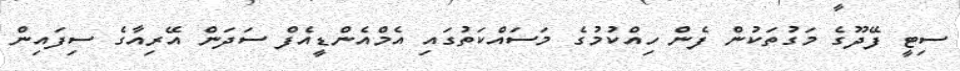
ސިޓީ ފޭދޫގެ މަގުތަކުން ފެން ހިއްކުމުގެ މަސައްކަތުގައި އެމްއެންޑީއެފް ސަދަން އޭރިއާގެ ސިފައިން